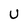
Character: U